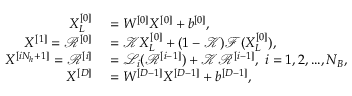
\begin{array} { r l } { X _ { L } ^ { [ 0 ] } } & { { } = W ^ { [ 0 ] } X ^ { [ 0 ] } + b ^ { [ 0 ] } , } \\ { { X } ^ { [ 1 ] } = \mathcal { R } ^ { [ 0 ] } } & { { } = \mathcal { K } X _ { L } ^ { [ 0 ] } + ( 1 - \mathcal { K } ) \mathcal { F } ( X _ { L } ^ { [ 0 ] } ) , } \\ { { X } ^ { [ i N _ { h } + 1 ] } = \mathcal { R } ^ { [ i ] } } & { { } = \mathcal { L } _ { i } ( \mathcal { R } ^ { [ i - 1 ] } ) + \mathcal { K } \mathcal { R } ^ { [ i - 1 ] } , \ i = 1 , 2 , . . . , N _ { B } , } \\ { X ^ { [ D ] } } & { { } = W ^ { [ D - 1 ] } X ^ { [ D - 1 ] } + b ^ { [ D - 1 ] } , } \end{array}